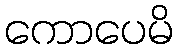
ကောပေမိ